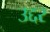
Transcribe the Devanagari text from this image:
उद्दर